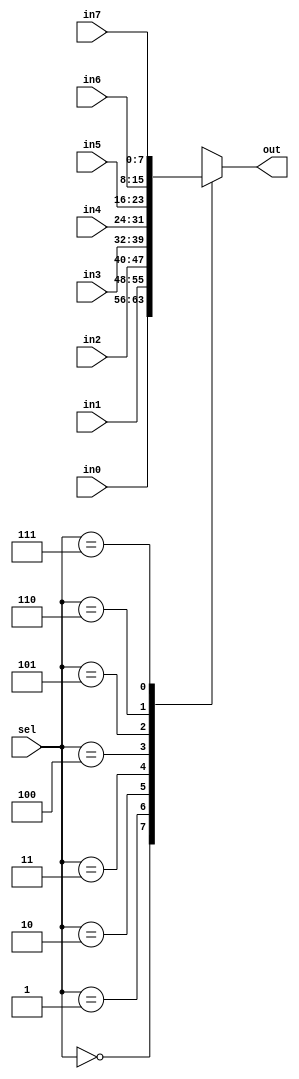
/*
Copyright (c) 2015 Princeton University
All rights reserved.

Redistribution and use in source and binary forms, with or without
modification, are permitted provided that the following conditions are met:
    * Redistributions of source code must retain the above copyright
      notice, this list of conditions and the following disclaimer.
    * Redistributions in binary form must reproduce the above copyright
      notice, this list of conditions and the following disclaimer in the
      documentation and/or other materials provided with the distribution.
    * Neither the name of Princeton University nor the
      names of its contributors may be used to endorse or promote products
      derived from this software without specific prior written permission.

THIS SOFTWARE IS PROVIDED BY PRINCETON UNIVERSITY "AS IS" AND
ANY EXPRESS OR IMPLIED WARRANTIES, INCLUDING, BUT NOT LIMITED TO, THE IMPLIED
WARRANTIES OF MERCHANTABILITY AND FITNESS FOR A PARTICULAR PURPOSE ARE
DISCLAIMED. IN NO EVENT SHALL PRINCETON UNIVERSITY BE LIABLE FOR ANY
DIRECT, INDIRECT, INCIDENTAL, SPECIAL, EXEMPLARY, OR CONSEQUENTIAL DAMAGES
(INCLUDING, BUT NOT LIMITED TO, PROCUREMENT OF SUBSTITUTE GOODS OR SERVICES;
LOSS OF USE, DATA, OR PROFITS; OR BUSINESS INTERRUPTION) HOWEVER CAUSED AND
ON ANY THEORY OF LIABILITY, WHETHER IN CONTRACT, STRICT LIABILITY, OR TORT
(INCLUDING NEGLIGENCE OR OTHERWISE) ARISING IN ANY WAY OUT OF THE USE OF THIS
SOFTWARE, EVEN IF ADVISED OF THE POSSIBILITY OF SUCH DAMAGE.
*/

module one_of_eight(in0,in1,in2,in3,in4,in5,in6,in7,sel,out);
    parameter WIDTH = 8;
    parameter BHC = 10;
    input [2:0] sel;
    input [WIDTH-1:0] in0,in1,in2,in3,in4,in5,in6,in7;
    output reg [WIDTH-1:0] out;
    always@ (*)
    begin
        out={WIDTH{1'b0}};
        case(sel)
            3'd0:out=in0;
            3'd1:out=in1;
            3'd2:out=in2;
            3'd3:out=in3;
            3'd4:out=in4;
            3'd5:out=in5;
            3'd6:out=in6;
            3'd7:out=in7;
            default:; // indicates null
        endcase
    end
endmodule